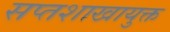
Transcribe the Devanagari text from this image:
सप्तशाखायुक्त